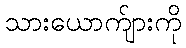
သားယောက်ျားကို